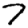
Digit: 7